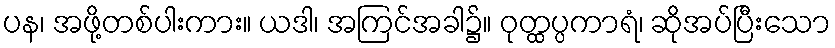
ပန၊ အဖို့တစ်ပါးကား။ ယဒါ၊ အကြင်အခါ၌။ ဝုတ္ထပ္ပကာရံ၊ ဆိုအပ်ပြီးသော